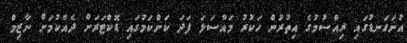
އުނަގަނޑުގައި ރިއްސުމުގެ އިތުރުން ހަކުރު މައްސަލަ ފަދަ ކަންކަމުގައި ޑޮކްޓަރަށް ދެއްކުމަށް ނާޒިމް